Annual report on the health of the army in India
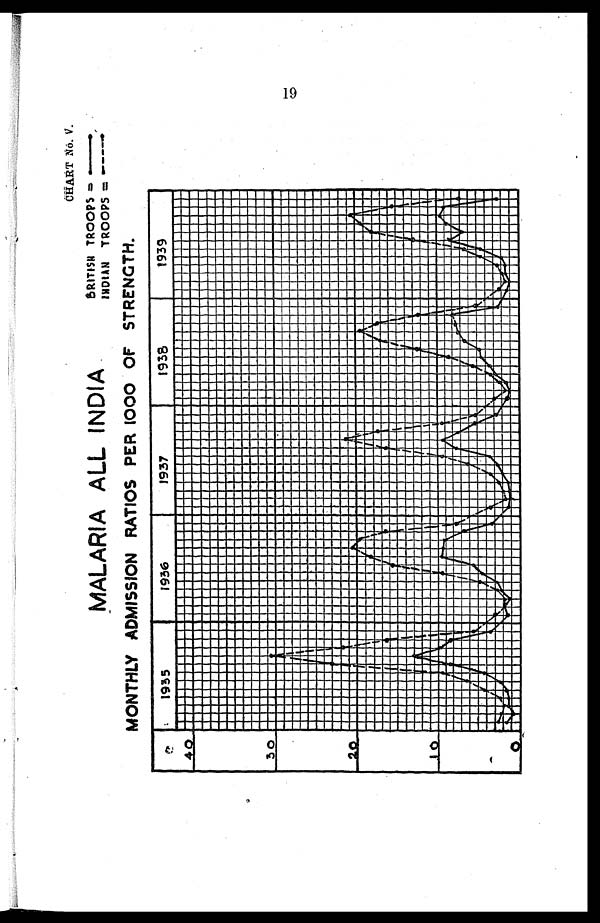
MALARIA ALL INDIA
CHART No. V.
BRITISH TROOPS
= — I N D I A N T R O O P S = —
MONTHLY ADMISSION RATIOS PER 1000 OF STRENGTH.